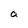
Character: a